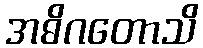
အဓိဂတောသိ